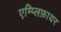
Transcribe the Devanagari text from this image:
एम्प्लिफ़ायर